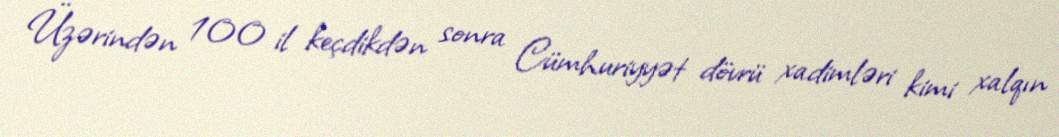
Üzərindən 100 il keçdikdən sonra Cümhuriyyət dövrü xadimləri kimi xalqın